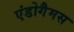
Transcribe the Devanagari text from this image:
एंडोगैमस